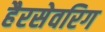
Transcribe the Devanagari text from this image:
हैरसेवरिग